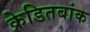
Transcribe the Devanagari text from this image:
क्रेडितबांक